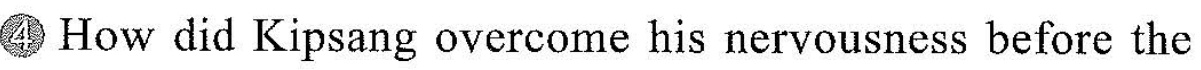
4How did Kipsang overcome his nervousness before the